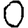
Digit: 0